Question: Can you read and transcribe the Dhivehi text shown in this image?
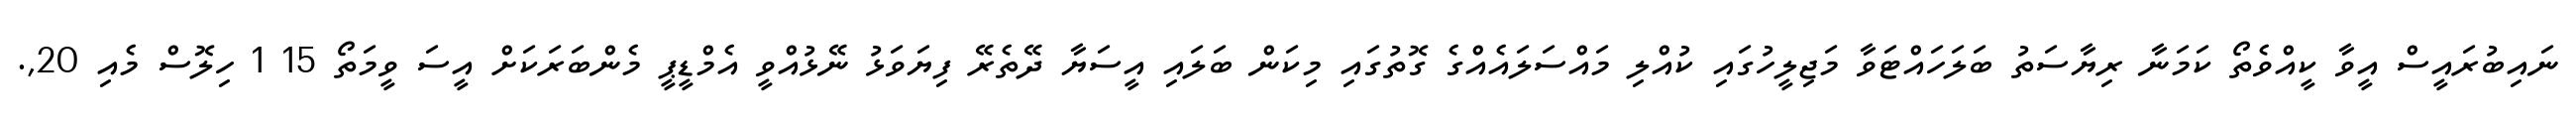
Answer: ނައިބުރައީސް އީވާ ކީއްވެތޯ ކަމަނާ ރިޔާސަތު ބަލަހައްޓަވާ މަޖިލީހުގައި ކުއްލި މައްސަލައެއްގެ ގޮތުގައި މިކަން ބަލައި އީސަޔާ ދޭތެރޭ ފިޔަވަޅު ނޭޅުއްވީ އެމްޑީޕީ މެންބަރަކަށް އީސަ ވީމަތޯ 15 1 ހިލޮސް މެއި 20,.